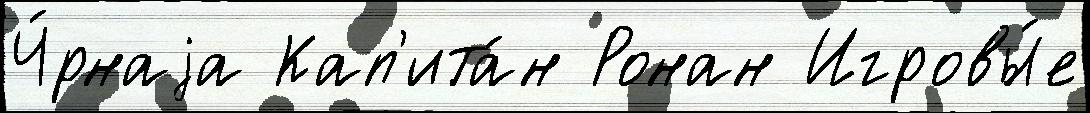
Ч́рнаjа Кап'ита́н Ронан Игровы́е